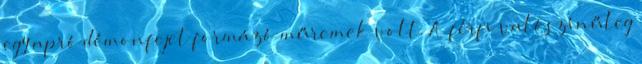
egy apró démonfejet formázó műremek volt. A férfi valószínűleg